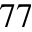
^ { 7 7 }